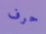
حرف